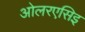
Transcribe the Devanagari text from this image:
ओलरएसिइ